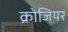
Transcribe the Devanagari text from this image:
क्रोजियर